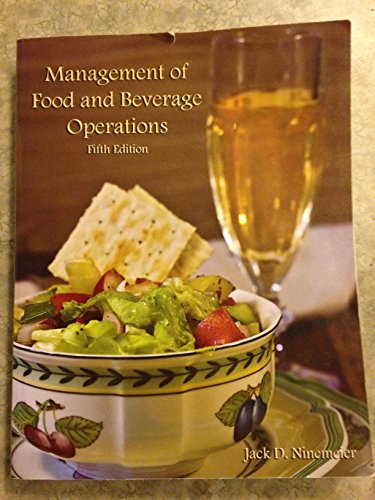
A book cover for Management of Food And Beverage Operations; Jack D. Ninemeier; Business & Money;